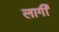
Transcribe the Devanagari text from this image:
लार्गी